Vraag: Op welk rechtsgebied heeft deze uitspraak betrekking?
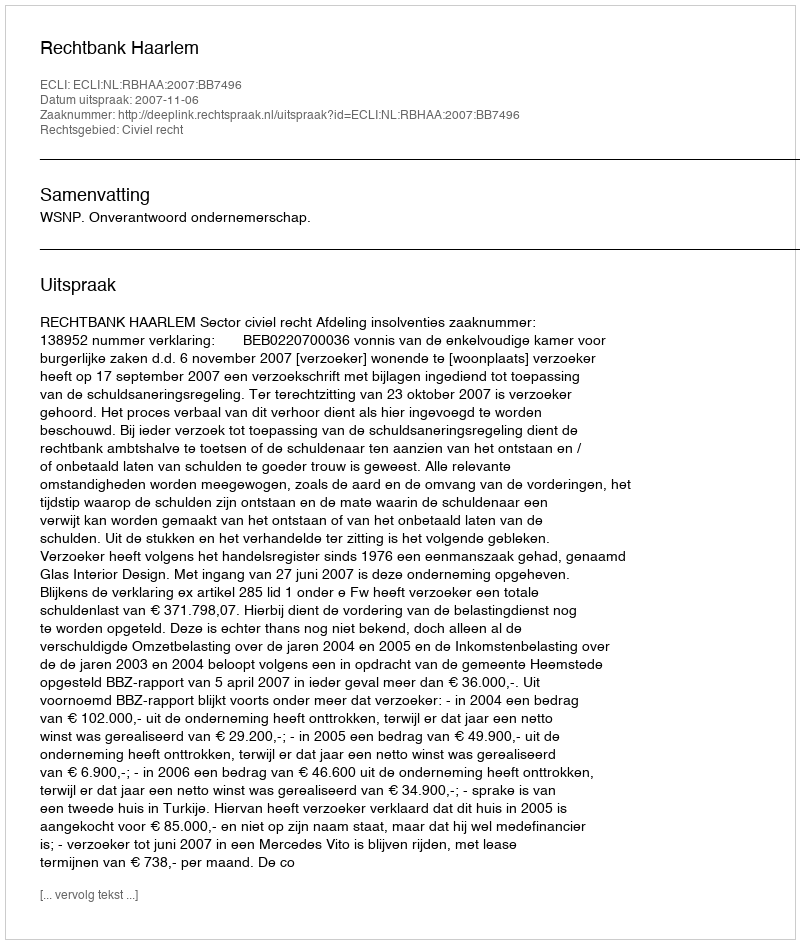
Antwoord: Civiel recht